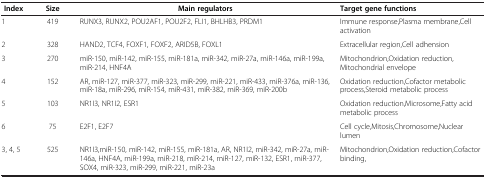
<table><thead><tr><td><b>Index</b></td><td><b>Size</b></td><td><b>Main regulators</b></td><td><b>Target gene functions</b></td></tr></thead><tbody><tr><td>1</td><td>419</td><td>RUNX3, RUNX2, POU2AF1, POU2F2, FLI1, BHLHB3, PRDM1</td><td>Immune response,Plasma membrane,Cell activation</td></tr><tr><td>2</td><td>328</td><td>HAND2, TCF4, FOXF1, FOXF2, ARID5B, FOXL1</td><td>Extracellular region,Cell adhension</td></tr><tr><td>3</td><td>270</td><td>miR-150, miR-142, miR-155, miR-181a, miR-342, miR-27a, miR-146a, miR-199a, miR-214, HNF4A</td><td>Mitochondrion,Oxidation reduction,Mitochondrial envelope</td></tr><tr><td>4</td><td>152</td><td>AR, miR-127, miR-377, miR-323, miR-299, miR-221, miR-433, miR-376a, miR-136, miR-18a, miR-296, miR-154, miR-431, miR-382, miR-369, miR-200b</td><td>Oxidation reduction,Cofactor metabolic process,Steroid metabolic process</td></tr><tr><td>5</td><td>103</td><td>NR1I3, NR1I2, ESR1</td><td>Oxidation reduction,Microsome,Fatty acid metabolic process</td></tr><tr><td>6</td><td>75</td><td>E2F1, E2F7</td><td>Cell cycle,Mitosis,Chromosome,Nuclear lumen</td></tr><tr><td>3, 4, 5</td><td>525</td><td>NR1I3,miR-150, miR-142, miR-155, miR-181a, AR, NR1I2, miR-342, miR-27a, miR-146a, HNF4A, miR-199a, miR-218, miR-214, miR-127, miR-132, ESR1, miR-377, SOX4, miR-323, miR-299, miR-221, miR-23a</td><td>Mitochondrion,Oxidation reduction,Cofactor binding,</td></tr></tbody></table>